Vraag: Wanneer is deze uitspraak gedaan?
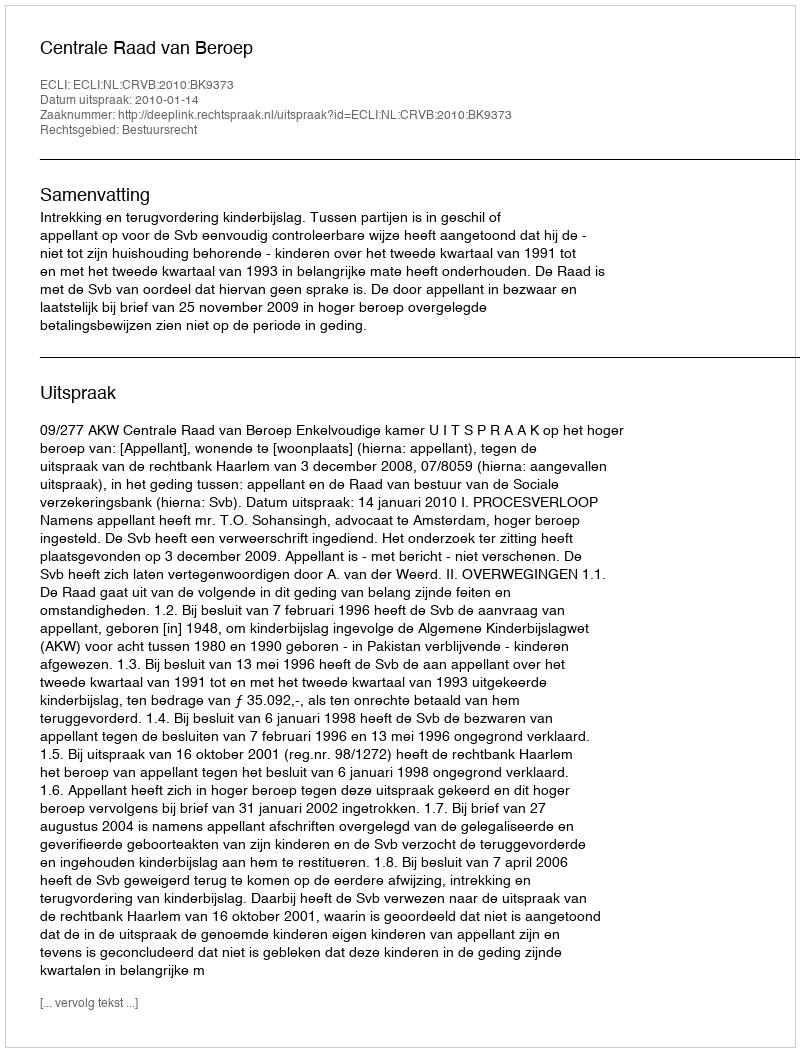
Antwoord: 2010-01-14